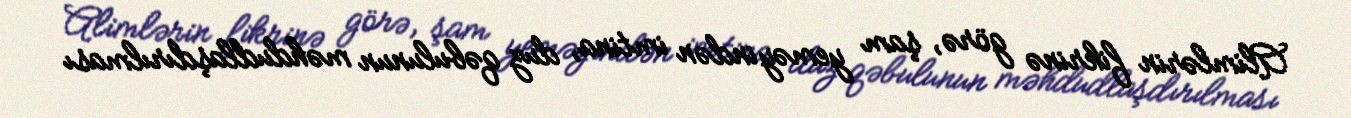
Alimlərin fikrinə görə, şam yeməyindən imtina, duz qəbulunun məhdudlaşdırılması